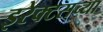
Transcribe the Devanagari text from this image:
इरेक्टसच्या